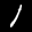
Label: 1